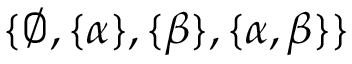
\{ \emptyset , \{ \alpha \} , \{ \beta \} , \{ \alpha , \beta \} \}